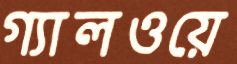
গ্যালওয়ে